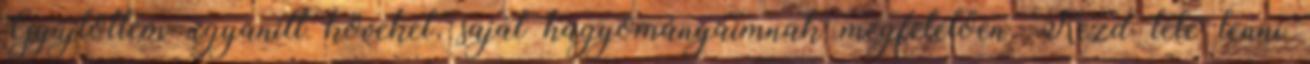
Gyűjtöttem ugyanitt köveket, saját hagyományaimnak megfelelően. Kezd tele lenni